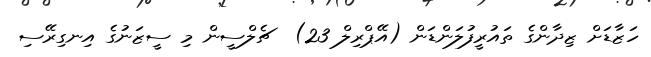
ހަޒާޑަށް ޒިދާންގެ ތައުރީފުލަންޑަން (އޭޕްރިލް 23)  ޗެލްސީން މި ސީޒަނުގެ އިނގިރޭސި